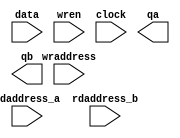
// megafunction wizard: %RAM: 3-PORT%VBB%
// GENERATION: STANDARD
// VERSION: WM1.0
// MODULE: alt3pram 

// ============================================================
// Megafunction Name(s):
// 			alt3pram
// ============================================================
// ************************************************************
// THIS IS A WIZARD-GENERATED FILE. DO NOT EDIT THIS FILE!
//
// 4.2 Build 178 01/19/2005 SP 1 SJ Web Edition
// ************************************************************

//Copyright (C) 1991-2005 Altera Corporation
//Any  megafunction  design,  and related netlist (encrypted  or  decrypted),
//support information,  device programming or simulation file,  and any other
//associated  documentation or information  provided by  Altera  or a partner
//under  Altera's   Megafunction   Partnership   Program  may  be  used  only
//to program  PLD  devices (but not masked  PLD  devices) from  Altera.   Any
//other  use  of such  megafunction  design,  netlist,  support  information,
//device programming or simulation file,  or any other  related documentation
//or information  is prohibited  for  any  other purpose,  including, but not
//limited to  modification,  reverse engineering,  de-compiling, or use  with
//any other  silicon devices,  unless such use is  explicitly  licensed under
//a separate agreement with  Altera  or a megafunction partner.  Title to the
//intellectual property,  including patents,  copyrights,  trademarks,  trade
//secrets,  or maskworks,  embodied in any such megafunction design, netlist,
//support  information,  device programming or simulation file,  or any other
//related documentation or information provided by  Altera  or a megafunction
//partner, remains with Altera, the megafunction partner, or their respective
//licensors. No other licenses, including any licenses needed under any third
//party's intellectual property, are provided herein.

module ram_regfile32xx32 (
	data,
	wraddress,
	rdaddress_a,
	rdaddress_b,
	wren,
	clock,
	qa,
	qb);

	input	[31:0]  data;
	input	[4:0]  wraddress;
	input	[4:0]  rdaddress_a;
	input	[4:0]  rdaddress_b;
	input	  wren;
	input	  clock;
	output	[31:0]  qa;
	output	[31:0]  qb;

endmodule

// ============================================================
// CNX file retrieval info
// ============================================================
// Retrieval info: PRIVATE: WidthData NUMERIC "32"
// Retrieval info: PRIVATE: WidthAddr NUMERIC "5"
// Retrieval info: PRIVATE: Clock NUMERIC "0"
// Retrieval info: PRIVATE: rden_a NUMERIC "0"
// Retrieval info: PRIVATE: rden_b NUMERIC "0"
// Retrieval info: PRIVATE: REGdata NUMERIC "1"
// Retrieval info: PRIVATE: REGwrite NUMERIC "1"
// Retrieval info: PRIVATE: REGrdaddress_a NUMERIC "1"
// Retrieval info: PRIVATE: REGrdaddress_b NUMERIC "1"
// Retrieval info: PRIVATE: REGrren_a NUMERIC "0"
// Retrieval info: PRIVATE: REGrren_b NUMERIC "0"
// Retrieval info: PRIVATE: REGqa NUMERIC "0"
// Retrieval info: PRIVATE: REGqb NUMERIC "0"
// Retrieval info: PRIVATE: enable NUMERIC "0"
// Retrieval info: PRIVATE: CLRdata NUMERIC "0"
// Retrieval info: PRIVATE: CLRwrite NUMERIC "0"
// Retrieval info: PRIVATE: CLRrdaddress_a NUMERIC "0"
// Retrieval info: PRIVATE: CLRrdaddress_b NUMERIC "0"
// Retrieval info: PRIVATE: CLRrren_a NUMERIC "0"
// Retrieval info: PRIVATE: CLRrren_b NUMERIC "0"
// Retrieval info: PRIVATE: CLRqa NUMERIC "0"
// Retrieval info: PRIVATE: CLRqb NUMERIC "0"
// Retrieval info: PRIVATE: BlankMemory NUMERIC "1"
// Retrieval info: PRIVATE: MIFfilename STRING ""
// Retrieval info: PRIVATE: UseLCs NUMERIC "0"
// Retrieval info: PRIVATE: RAM_BLOCK_TYPE NUMERIC "0"
// Retrieval info: PRIVATE: MAXIMUM_DEPTH NUMERIC "0"
// Retrieval info: PRIVATE: INIT_FILE_LAYOUT STRING "PORT_A"
// Retrieval info: PRIVATE: JTAG_ENABLED NUMERIC "0"
// Retrieval info: PRIVATE: JTAG_ID STRING "NONE"
// Retrieval info: PRIVATE: INTENDED_DEVICE_FAMILY STRING "Stratix II"
// Retrieval info: CONSTANT: INTENDED_DEVICE_FAMILY STRING "Stratix II"
// Retrieval info: CONSTANT: WIDTH NUMERIC "32"
// Retrieval info: CONSTANT: WIDTHAD NUMERIC "5"
// Retrieval info: CONSTANT: INDATA_REG STRING "INCLOCK"
// Retrieval info: CONSTANT: WRITE_REG STRING "INCLOCK"
// Retrieval info: CONSTANT: RDADDRESS_REG_A STRING "INCLOCK"
// Retrieval info: CONSTANT: RDADDRESS_REG_B STRING "INCLOCK"
// Retrieval info: CONSTANT: RDCONTROL_REG_A STRING "UNREGISTERED"
// Retrieval info: CONSTANT: RDCONTROL_REG_B STRING "UNREGISTERED"
// Retrieval info: CONSTANT: OUTDATA_REG_A STRING "UNREGISTERED"
// Retrieval info: CONSTANT: OUTDATA_REG_B STRING "UNREGISTERED"
// Retrieval info: CONSTANT: OUTDATA_ACLR_A STRING "OFF"
// Retrieval info: CONSTANT: OUTDATA_ACLR_B STRING "OFF"
// Retrieval info: CONSTANT: LPM_TYPE STRING "alt3pram"
// Retrieval info: CONSTANT: LPM_HINT STRING "USE_EAB=ON"
// Retrieval info: USED_PORT: data 0 0 32 0 INPUT NODEFVAL data[31..0]
// Retrieval info: USED_PORT: qa 0 0 32 0 OUTPUT NODEFVAL qa[31..0]
// Retrieval info: USED_PORT: qb 0 0 32 0 OUTPUT NODEFVAL qb[31..0]
// Retrieval info: USED_PORT: wraddress 0 0 5 0 INPUT NODEFVAL wraddress[4..0]
// Retrieval info: USED_PORT: rdaddress_a 0 0 5 0 INPUT NODEFVAL rdaddress_a[4..0]
// Retrieval info: USED_PORT: rdaddress_b 0 0 5 0 INPUT NODEFVAL rdaddress_b[4..0]
// Retrieval info: USED_PORT: wren 0 0 0 0 INPUT VCC wren
// Retrieval info: USED_PORT: clock 0 0 0 0 INPUT NODEFVAL clock
// Retrieval info: CONNECT: @data 0 0 32 0 data 0 0 32 0
// Retrieval info: CONNECT: qa 0 0 32 0 @qa 0 0 32 0
// Retrieval info: CONNECT: qb 0 0 32 0 @qb 0 0 32 0
// Retrieval info: CONNECT: @wraddress 0 0 5 0 wraddress 0 0 5 0
// Retrieval info: CONNECT: @rdaddress_a 0 0 5 0 rdaddress_a 0 0 5 0
// Retrieval info: CONNECT: @rdaddress_b 0 0 5 0 rdaddress_b 0 0 5 0
// Retrieval info: CONNECT: @wren 0 0 0 0 wren 0 0 0 0
// Retrieval info: CONNECT: @inclock 0 0 0 0 clock 0 0 0 0
// Retrieval info: LIBRARY: altera_mf altera_mf.altera_mf_components.all
// Retrieval info: GEN_FILE: TYPE_NORMAL ram_regfile32xx32.v TRUE
// Retrieval info: GEN_FILE: TYPE_NORMAL ram_regfile32xx32.inc FALSE
// Retrieval info: GEN_FILE: TYPE_NORMAL ram_regfile32xx32.cmp FALSE
// Retrieval info: GEN_FILE: TYPE_NORMAL ram_regfile32xx32.bsf FALSE
// Retrieval info: GEN_FILE: TYPE_NORMAL ram_regfile32xx32_inst.v FALSE
// Retrieval info: GEN_FILE: TYPE_NORMAL ram_regfile32xx32_bb.v TRUE